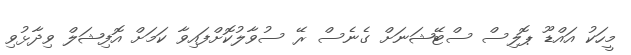
މީހަކު އައްޑޫ ޕޮލިސް ސްޓޭޝަނަށް ގެނެސް ރޭ ސުވާލުކޮށްފައިވާ ކަމަށް އޮފިޝަލް ވިދާޅުވި